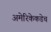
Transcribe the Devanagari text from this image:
अमेरिकेकडेच